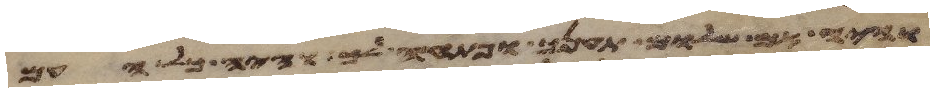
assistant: והיה אם שלום תענך ופתחה לך והיה כל העם